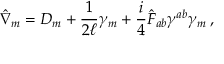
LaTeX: \hat { \nabla } _ { m } = D _ { m } + \frac { 1 } { 2 \ell } \gamma _ { m } + \frac { i } { 4 } \hat { F } _ { a b } \gamma ^ { a b } \gamma _ { m } \, ,